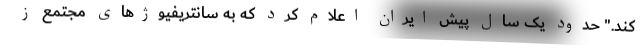
کند." حدود یک سال پیش ایران اعلام کرد که به سانتریفیوژهای مجتمع ز